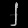
Digit: ၂